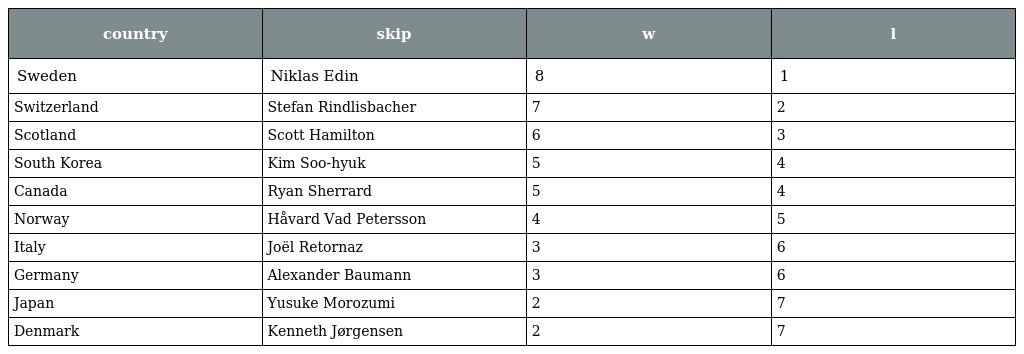
| country | skip | w | l |
 | --- | --- | --- | --- |
 | Sweden | Niklas Edin | 8 | 1 |
 | Switzerland | Stefan Rindlisbacher | 7 | 2 |
 | Scotland | Scott Hamilton | 6 | 3 |
 | South Korea | Kim Soo-hyuk | 5 | 4 |
 | Canada | Ryan Sherrard | 5 | 4 |
 | Norway | Håvard Vad Petersson | 4 | 5 |
 | Italy | Joël Retornaz | 3 | 6 |
 | Germany | Alexander Baumann | 3 | 6 |
 | Japan | Yusuke Morozumi | 2 | 7 |
 | Denmark | Kenneth Jørgensen | 2 | 7 |